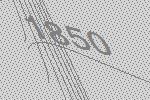
1850